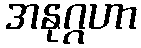
အနုဂ္ဂဟာ